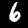
Label: 6